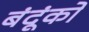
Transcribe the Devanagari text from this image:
बंदूंको